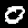
Label: 0